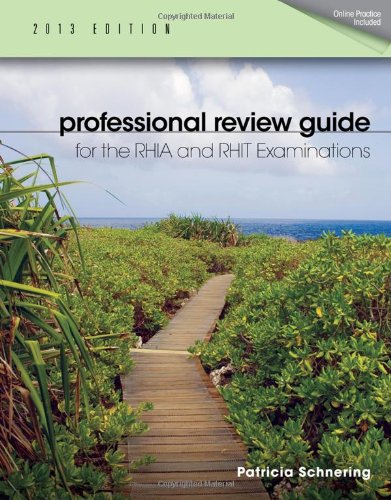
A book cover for Professional Review Guide for the RHIA and RHIT Examinations, 2013 Edition; Patricia Schnering; Medical Books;